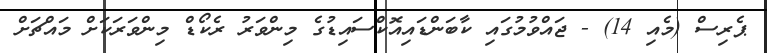
ޕެރިސް (މެއި 14) - ޖައްވުމުގައި ކާބަންޑައިއޮކްސައިޑުގެ މިންވަރު ރެކޯޑް މިންވަރަކަށް މައްޗަށް